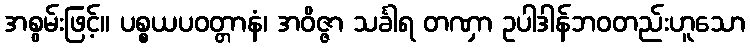
အစွမ်းဖြင့်။ ပစ္စယပဝတ္တာနံ၊ အဝိဇ္ဇာ သင်္ခါရ တဏှာ ဥပါဒါန်ဘဝတည်းဟူသော